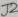
Text: J2